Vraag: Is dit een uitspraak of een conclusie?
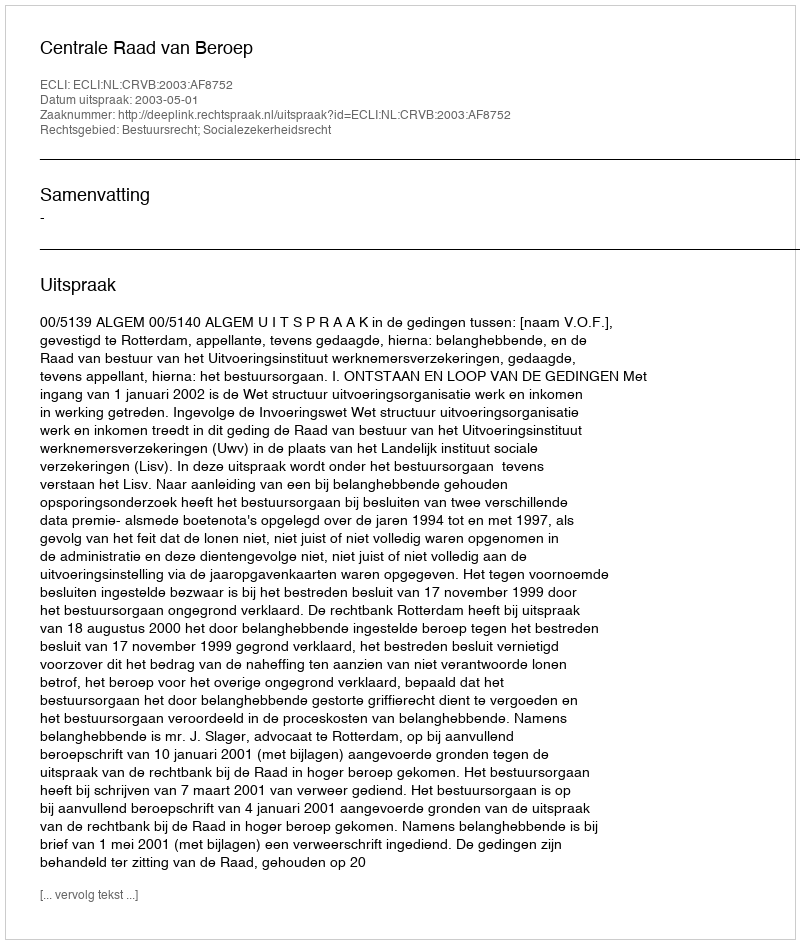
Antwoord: Uitspraak